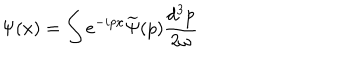
LaTeX: \Psi ( x ) = \int e ^ { - i p x } \widetilde { \Psi } ( p ) \frac { d ^ { 3 } p } { 2 \omega }